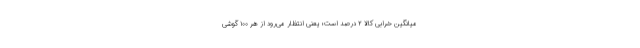
میانگین خرابی‌ کالا ۲ درصد است؛ یعنی انتظار می‌رود از هر ۱۰۰ گوشی